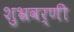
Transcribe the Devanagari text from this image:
शुभ्रवर्णी